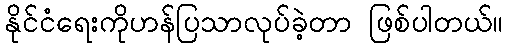
နိုင်ငံရေးကိုဟန်ပြသာလုပ်ခဲ့တာ ဖြစ်ပါတယ်။